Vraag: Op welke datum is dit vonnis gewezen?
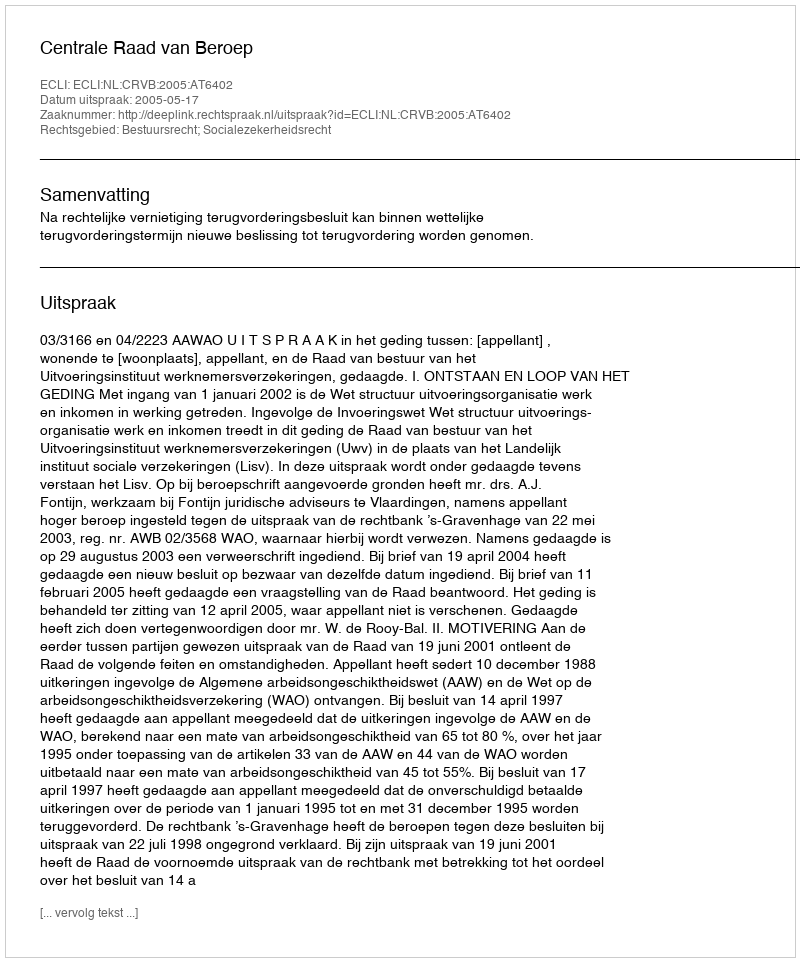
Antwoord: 2005-05-17